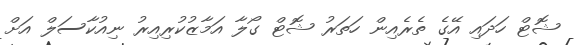
ޝޮޓް ހަދައި އޭގެ ތެރެއިން ހަތަރު ޝޮޓް ގޯލާ އަމާޒުކުރިއިރު ނިއުކާސަލް އަށް